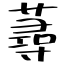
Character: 蕁